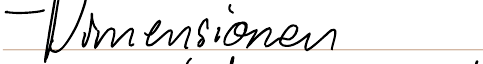
- Dimensionen